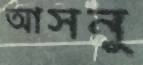
আসনু